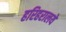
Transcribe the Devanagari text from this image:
हरिहरालये